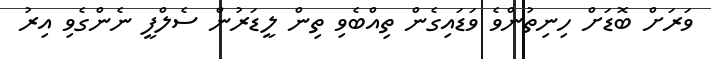
ވަރަށް ބޮޑަށް ހިނިތުންވެ ވަޑައިގެން ތިއްބެވި ތިން ލީޑަރުން ސެލްފީ ނެންގެވި އިރު